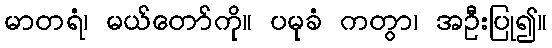
မာတရံ၊ မယ်တော်ကို။ ပမုခံ ကတွာ၊ အဦးပြု၍။